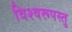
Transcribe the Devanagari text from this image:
विश्वरूपस्तु